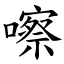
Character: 嚓